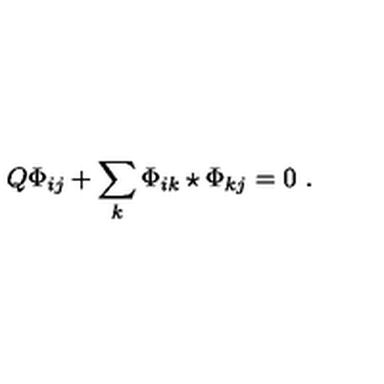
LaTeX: Q \Phi _ { i j } + \sum _ { k } \Phi _ { i k } \star \Phi _ { k j } = 0 \ .